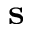
{ \bf s }